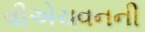
વીએચવનની